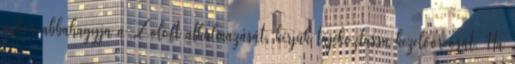
mikor abbahagyja a Zoloft alkalmazását, kérjük tájékoztassa kezelőorvosát. Ha